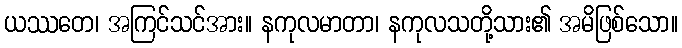
ယဿတေ၊ အကြင်သင်အား။ နကုလမာတာ၊ နကုလသတို့သား၏ အမိဖြစ်သော။